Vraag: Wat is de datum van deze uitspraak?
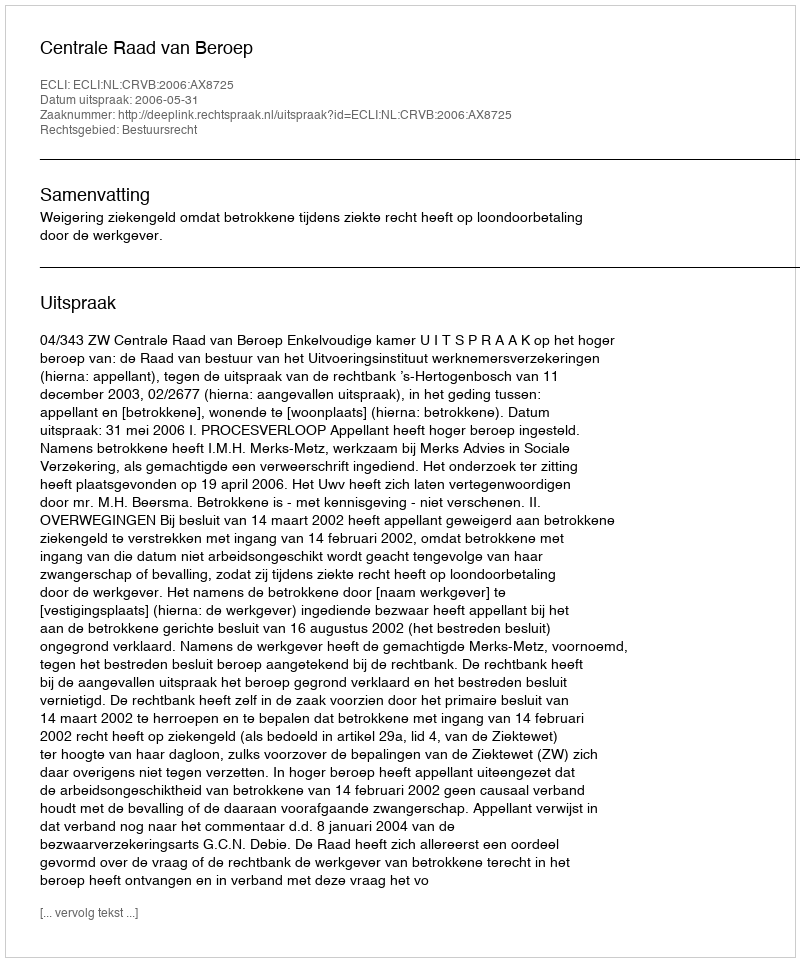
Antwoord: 2006-05-31